Vaccination in Burma 1920-1933 - 1920-1933
Year: 1920
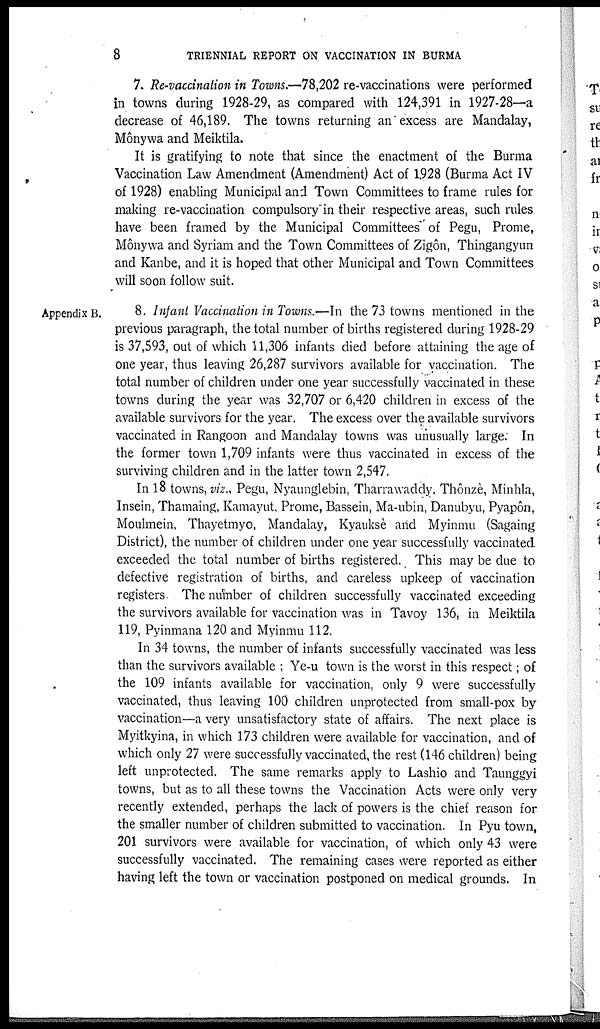
8
TRIENNIAL REPORT ON VACCINATION IN BURMA
7. Re-vaccination in Towns.—78,202 re-vaccinations were performed
in towns during 1928-29, as compared with 124,391 in 1927-28—a
decrease of 46,189. The towns returning an excess are Mandalay,
Mônywa and Meiktila.
It is gratifying to note that since the enactment of the Burma
Vaccination Law Amendment (Amendment) Act of 1928 (Burma Act IV
of 1928) enabling Municipal and Town Committees to frame rules for
making re-vaccination compulsory in their respective areas, such rules
have been framed by the Municipal Committees of Pegu, Prome,
Mônywa and Syriam and the Town Committees of Zigôn, Thingangyun
and Kanbe, and it is hoped that other Municipal and Town Committees
will soon follow suit.
Appendix B.
8. Infant Vaccination in Towns.—In the 73 towns mentioned in the
previous paragraph, the total number of births registered during 1928-29
is 37,593, out of which 11,306 infants died before attaining the age of
one year, thus leaving 26,287 survivors available for vaccination. The
total number of children under one year successfully vaccinated in these
towns during the year was 32,707 or 6,420 children in excess of the
available survivors for the year. The excess over the available survivors
vaccinated in Rangoon and Mandalay towns was unusually large. In
the former town 1,709 infants were thus vaccinated in excess of the
surviving children and in the latter town 2,547.
In 18 towns, viz., Pegu, Nyaunglebin, Tharrawaddy. Thônzè, Minhla,
Insein, Thamaing, Kamayut, Prome, Bassein, Ma-ubin, Danubyu, Pyapôn,
Moulmein, Thayetmyo, Mandalay, Kyauksè and Myinmu (Sagaing
District), the number of children under one year successfully vaccinated
exceeded the total number of births registered. This may be due to
defective registration of births, and careless upkeep of vaccination
registers The number of children successfully vaccinated exceeding
the survivors available for vaccination was in Tavoy 136, in Meiktila
119, Pyinmana 120 and Myinmu 112.
In 34 towns, the number of infants successfully vaccinated was less
than the survivors available ; Ye-u town is the worst in this respect; of
the 109 infants available for vaccination, only 9 were successfully
vaccinated, thus leaving 100 children unprotected from small-pox by
vaccination—a very unsatisfactory state of affairs. The next place is
Myitkyina, in which 173 children were available for vaccination, and of
which only 27 were successfully vaccinated, the rest (146 children) being
left unprotected. The same remarks apply to Lashio and Taunggyi
towns, but as to all these towns the Vaccination Acts were only very
recently extended, perhaps the lack of powers is the chief reason for
the smaller number of children submitted to vaccination. In Pyu town,
201 survivors were available for vaccination, of which only 43 were
successfully vaccinated. The remaining cases were reported as either
having left the town or vaccination postponed on medical grounds. In